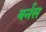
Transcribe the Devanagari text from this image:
बर्नस